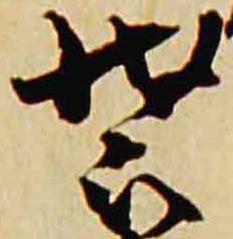
装